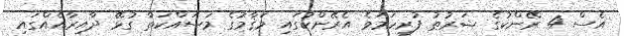
އެސް 4 ރޭންކުގެ ޝަރުޠު ފުރިހަމަވެ އެރޭންކުގައި މަޤާމުގެ މަސައްކަތާ ގުޅޭ ދާއިރާއެއްގައި